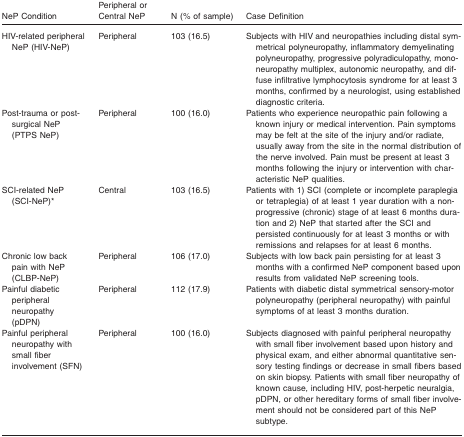
| NeP Condition | Peripheral or Central NeP | N (% of sample) | Case Definition |
 | --- | --- | --- | --- |
 | HIV-related peripheral NeP (HIV-NeP) | Peripheral | 103 (16.5) | Subjects with HIV and neuropathies including distal symmetrical polyneuropathy, inflammatory demyelinating polyneuropathy, progressive polyradiculopathy, mononeuropathy multiplex, autonomic neuropathy, and diffuse infiltrative lymphocytosis syndrome for at least 3 months, confirmed by a neurologist, using established diagnostic criteria. |
 | Post-trauma or post-surgical NeP (PTPS NeP) | Peripheral | 100 (16.0) | Patients who experience neuropathic pain following a known injury or medical intervention. Pain symptoms may be felt at the site of the injury and/or radiate, usually away from the site in the normal distribution of the nerve involved. Pain must be present at least 3 months following the injury or intervention with characteristic NeP qualities. |
 | SCI-related NeP (SCI-NeP)* | Central | 103 (16.5) | Patients with 1) SCI (complete or incomplete paraplegia or tetraplegia) of at least 1 year duration with a nonprogressive (chronic) stage of at least 6 months duration and 2) NeP that started after the SCI and persisted continuously for at least 3 months or with remissions and relapses for at least 6 months. |
 | Chronic low back pain with NeP (CLBP-NeP) | Peripheral | 106 (17.0) | Subjects with low back pain persisting for at least 3 months with a confirmed NeP component based upon results from validated NeP screening tools. |
 | Painful diabetic peripheral neuropathy (pDPN) | Peripheral | 112 (17.9) | Patients with diabetic distal symmetrical sensory-motor polyneuropathy (peripheral neuropathy) with painful symptoms of at least 3 months duration. |
 | Painful peripheral neuropathy with small fiber involvement (SFN) | Peripheral | 100 (16.0) | Subjects diagnosed with painful peripheral neuropathy with small fiber involvement based upon history and physical exam, and either abnormal quantitative sensory testing findings or decrease in small fibers based on skin biopsy. Patients with small fiber neuropathy of known cause, including HIV, post-herpetic neuralgia, pDPN, or other hereditary forms of small fiber involvement should not be considered part of this NeP subtype. |